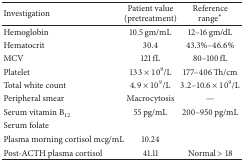
<table><thead><tr><td><b>Investigation</b></td><td><b>Patient value (pretreatment)</b></td><td><b>Reference range*</b></td></tr></thead><tbody><tr><td>Hemoglobin</td><td>10.5 gm/mL</td><td>12–16 gm/dL</td></tr><tr><td>Hematocrit</td><td>30.4</td><td>43.3%–46.6%</td></tr><tr><td>MCV</td><td>121 fL</td><td>80–100 fL</td></tr><tr><td>Platelet</td><td>133 × 10<sup>9</sup>/L</td><td>177–406 Th/cm</td></tr><tr><td>Total white count</td><td>4.9 × 10<sup>9</sup>/L</td><td>3.2–10.6 × 10<sup>9</sup>/L</td></tr><tr><td>Peripheral smear</td><td>Macrocytosis</td><td>—</td></tr><tr><td>Serum vitamin B<sub>12</sub></td><td>55 pg/mL</td><td>200–950 pg/mL</td></tr><tr><td>Serum folate</td><td> </td><td> </td></tr><tr><td>Plasma morning cortisol mcg/mL</td><td>10.24</td><td> </td></tr><tr><td>Post-ACTH plasma cortisol</td><td>41.11</td><td>Normal &gt; 18</td></tr></tbody></table>